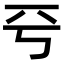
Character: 𠀒